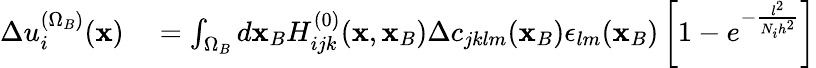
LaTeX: \begin{array}{rl}{\Delta u_{i}^{(\Omega_{B})}({\mathbf x})}&{{}=\int_{\Omega_{B}}d{\mathbf x_{B}}H_{ijk}^{(0)}({\mathbf x},{\mathbf x_{B}})\Delta c_{jklm}({\mathbf x_{B}})\epsilon_{lm}({\mathbf x_{B}})\left[1-e^{-\frac{l^{2}}{N_{i}h^{2}}}\right]}\end{array}